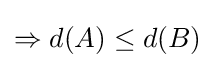
\Rightarrow d(A)\leq d(B)